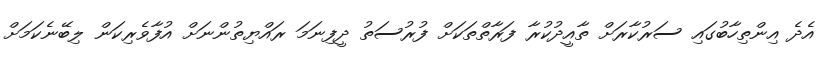
އެދެ އިންތިހާބުގައި ސަރުކާރަށް ތާއީދުކުރާ ފަރާތްތަކަށް ފުރުސަތު ދީފިނަމަ ރައްޔިތުންނަށް އުފާވެރިކަން ލިބޭނެކަމަށް